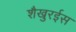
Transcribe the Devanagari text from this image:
शैखुरईस